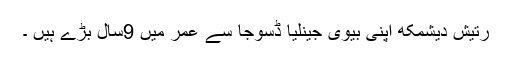
رتیش دیشمکھ اپنی بیوی جینلیا ڈسوجا سے عمر میں 9سال بڑے ہیں ۔